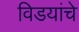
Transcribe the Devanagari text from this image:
विडयांचे